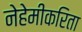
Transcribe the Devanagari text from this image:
नेहेमीकरिता